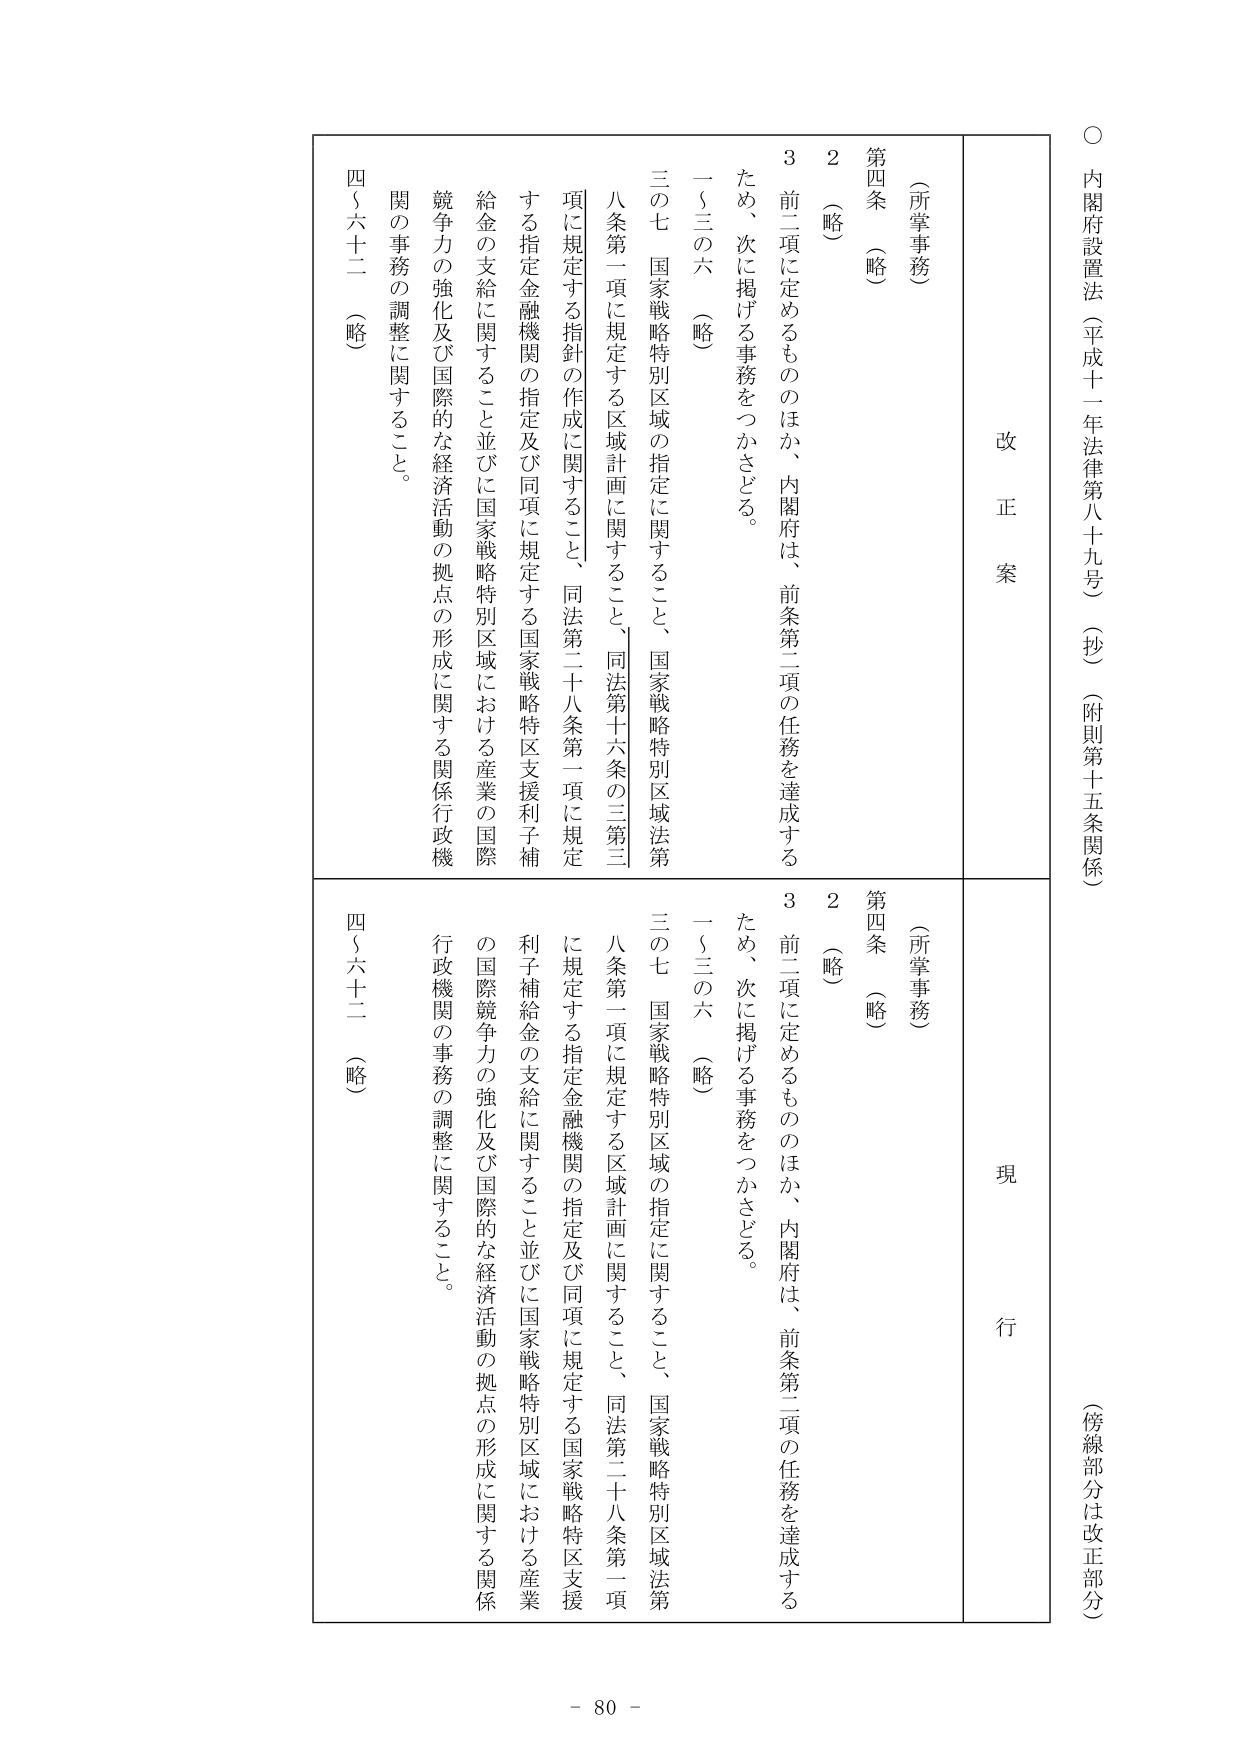
○ 内閣府設置法（平成十一年法律第八十九号）（抄）（附則第十五条関係）
（傍線部分は改正部分）

改正案
（所掌事務）
第四条 （略）
２ （略）
３ 前二項に定めるもののほか、内閣府は、前条第二項の任務を達成する
ため、次に掲げる事務をつかさどる。
一～三の六 （略）
三の七 国家戦略特別区域の指定に関すること、国家戦略特別区域法第
八条第一項に規定する区域計画に関すること、同法第十六条の三第三
項に規定する指針の作成に関すること、同法第二十八条第一項に規定
する指定金融機関の指定及び同項に規定する国家戦略特区支援利子補
給金の支給に関すること並びに国家戦略特別区域における産業の国際
競争力の強化及び国際的な経済活動の拠点の形成に関する関係行政機
関の事務の調整に関すること。
四～六十二 （略）

現行
（所掌事務）
第四条 （略）
２ （略）
３ 前二項に定めるもののほか、内閣府は、前条第二項の任務を達成する
ため、次に掲げる事務をつかさどる。
一～三の六 （略）
三の七 国家戦略特別区域の指定に関すること、国家戦略特別区域法第
八条第一項に規定する区域計画に関すること、同法第二十八条第一項
に規定する指定金融機関の指定及び同項に規定する国家戦略特区支援
利子補給金の支給に関すること並びに国家戦略特別区域における産業
の国際競争力の強化及び国際的な経済活動の拠点の形成に関する関係
行政機関の事務の調整に関すること。
四～六十二 （略）

- 80 -